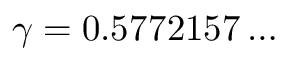
\gamma = 0 . 5 7 7 2 1 5 7 \dots